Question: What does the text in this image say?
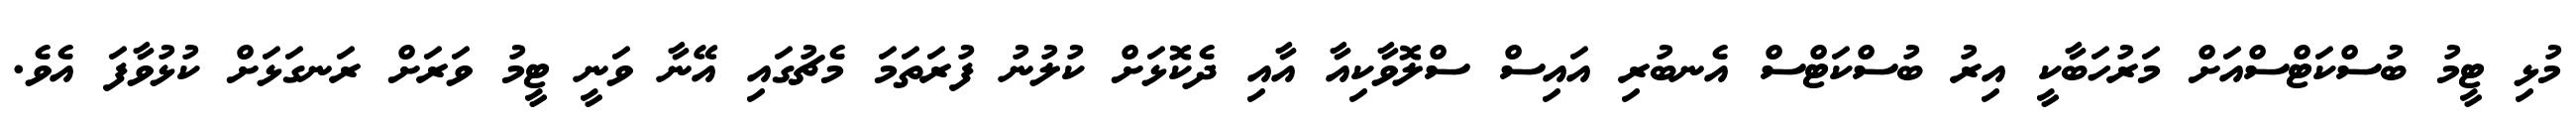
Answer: މުޅި ޓީމު ބުސްކަޓްސްއަށް މަރުހަބާކީ އިރު ބުސްކަޓްސް އެނބުރި އައިސް ސްލޮވާކިއާ އާއި ދެކޮޅަށް ކުލުނު ފުރަތަމަ މެޗުގައި އޭނާ ވަނީ ޓީމު ވަރަށް ރަނގަޅަށް ކުޅުވާފަ އެވެ.